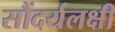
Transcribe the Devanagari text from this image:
सौंदर्यलक्षी